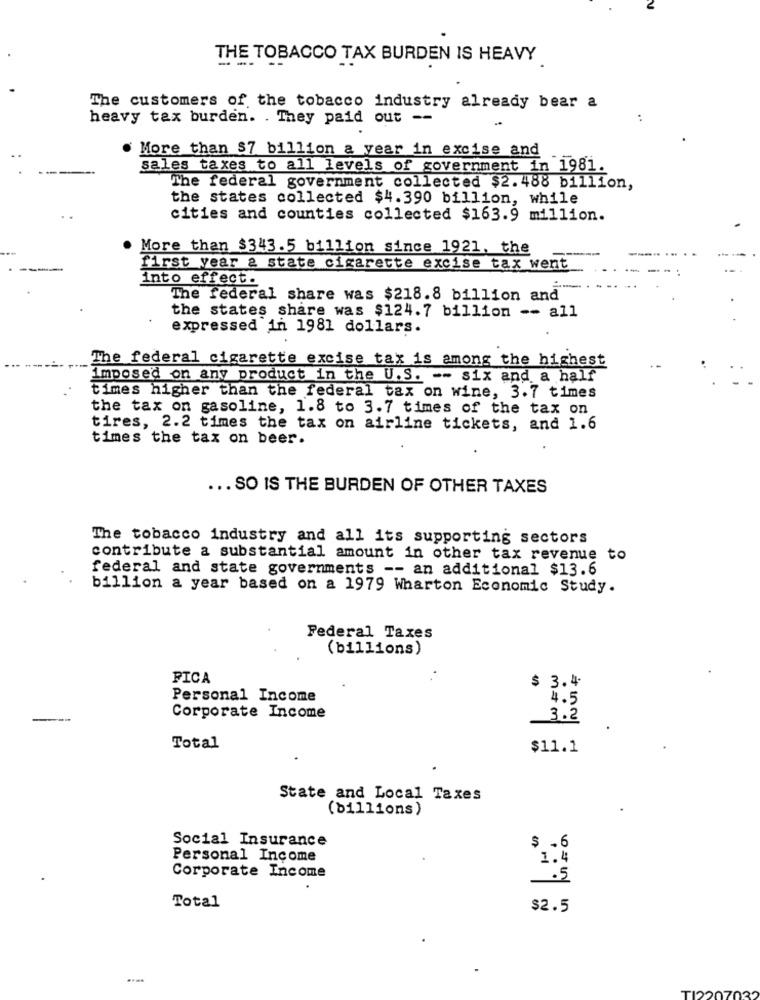
THE TOBACCO TAX BURDEN IS HEAVY
The customers of the tobacco industry already bear a
heavy tax burden. . They paid out --
More than $7 billion a year in excise and
sales taxes to all levels of government in 1981.
The federal government collected $2.488 billion,
the states collected $4.390 billion, while
cities and counties collected $163.9 million.
. More than $343.5 billion since 1921, the
first year a state cigarette excise tax went
Into effect.
The federal share was $218.8 billion and
the states share was $124.7 billion -- all
expressed in 1981 dollars.
The federal cigarette excise tax is among the highest
imposed on any product in the U.S. -- six and a half
times higher than the federal tax on wine, 3.7 times
the tax on gasoline, 1.8 to 3.7 times of the tax on
tires, 2.2 times the tax on airline tickets, and 1.6
times the tax on beer.
... SO IS THE BURDEN OF OTHER TAXES
The tobacco industry and all its supporting sectors
contribute a substantial amount in other tax revenue to
federal and state governments -- an additional $13.6
billion a year based on a 1979 Wharton Economic Study.
Federal Taxes
(billions)
PICA
$ 3.4
Personal Income
4.5
Corporate Income
3.2
Total
$11.1
State and Local Taxes
(billions)
Social Insurance
$ .6
Personal Income
1.4
Corporate Income
.5
Total
$2.5